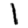
Digit: 1